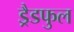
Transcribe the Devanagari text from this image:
ड्रैडफुल